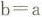
$$b = a$$